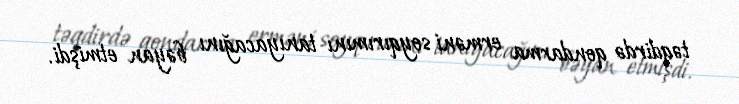
təqdirdə qondarma erməni soyqırımını tanıyacağını bəyan etmişdi.